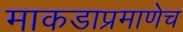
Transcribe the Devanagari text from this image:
माकडाप्रमाणेच